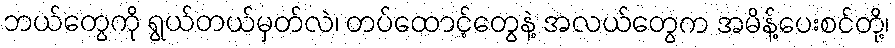
ဘယ်တွေကို ရွယ်တယ်မှတ်လဲ၊ တပ်ထောင့်တွေနဲ့ အလယ်တွေက အမိန့်ပေးစင်တို့၊